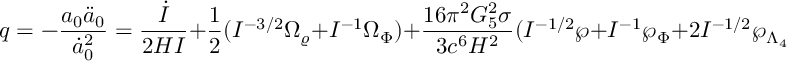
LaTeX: q = - { \frac { a _ { 0 } \ddot { a } _ { 0 } } { \dot { a } _ { 0 } ^ { 2 } } } = { \frac { \dot { I } } { 2 H I } } + { \frac { 1 } { 2 } } ( I ^ { - 3 / 2 } \Omega _ { \varrho } + I ^ { - 1 } \Omega _ { \Phi } ) + { \frac { 1 6 \pi ^ { 2 } G _ { 5 } ^ { 2 } \sigma } { 3 c ^ { 6 } H ^ { 2 } } } ( I ^ { - 1 / 2 } \wp + I ^ { - 1 } \wp _ { \Phi } + 2 I ^ { - 1 / 2 } \wp _ { \Lambda _ { 4 } } ) + I ^ { - 1 } \Omega _ { \cal C } ,